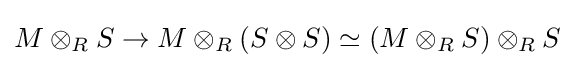
M\otimes _{R}S\to M\otimes _{R}(S\otimes S)\simeq (M\otimes _{R}S)\otimes _{R}S